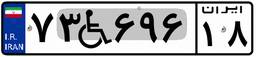
۷۶W۸۳۸۵۹